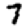
Digit: 7